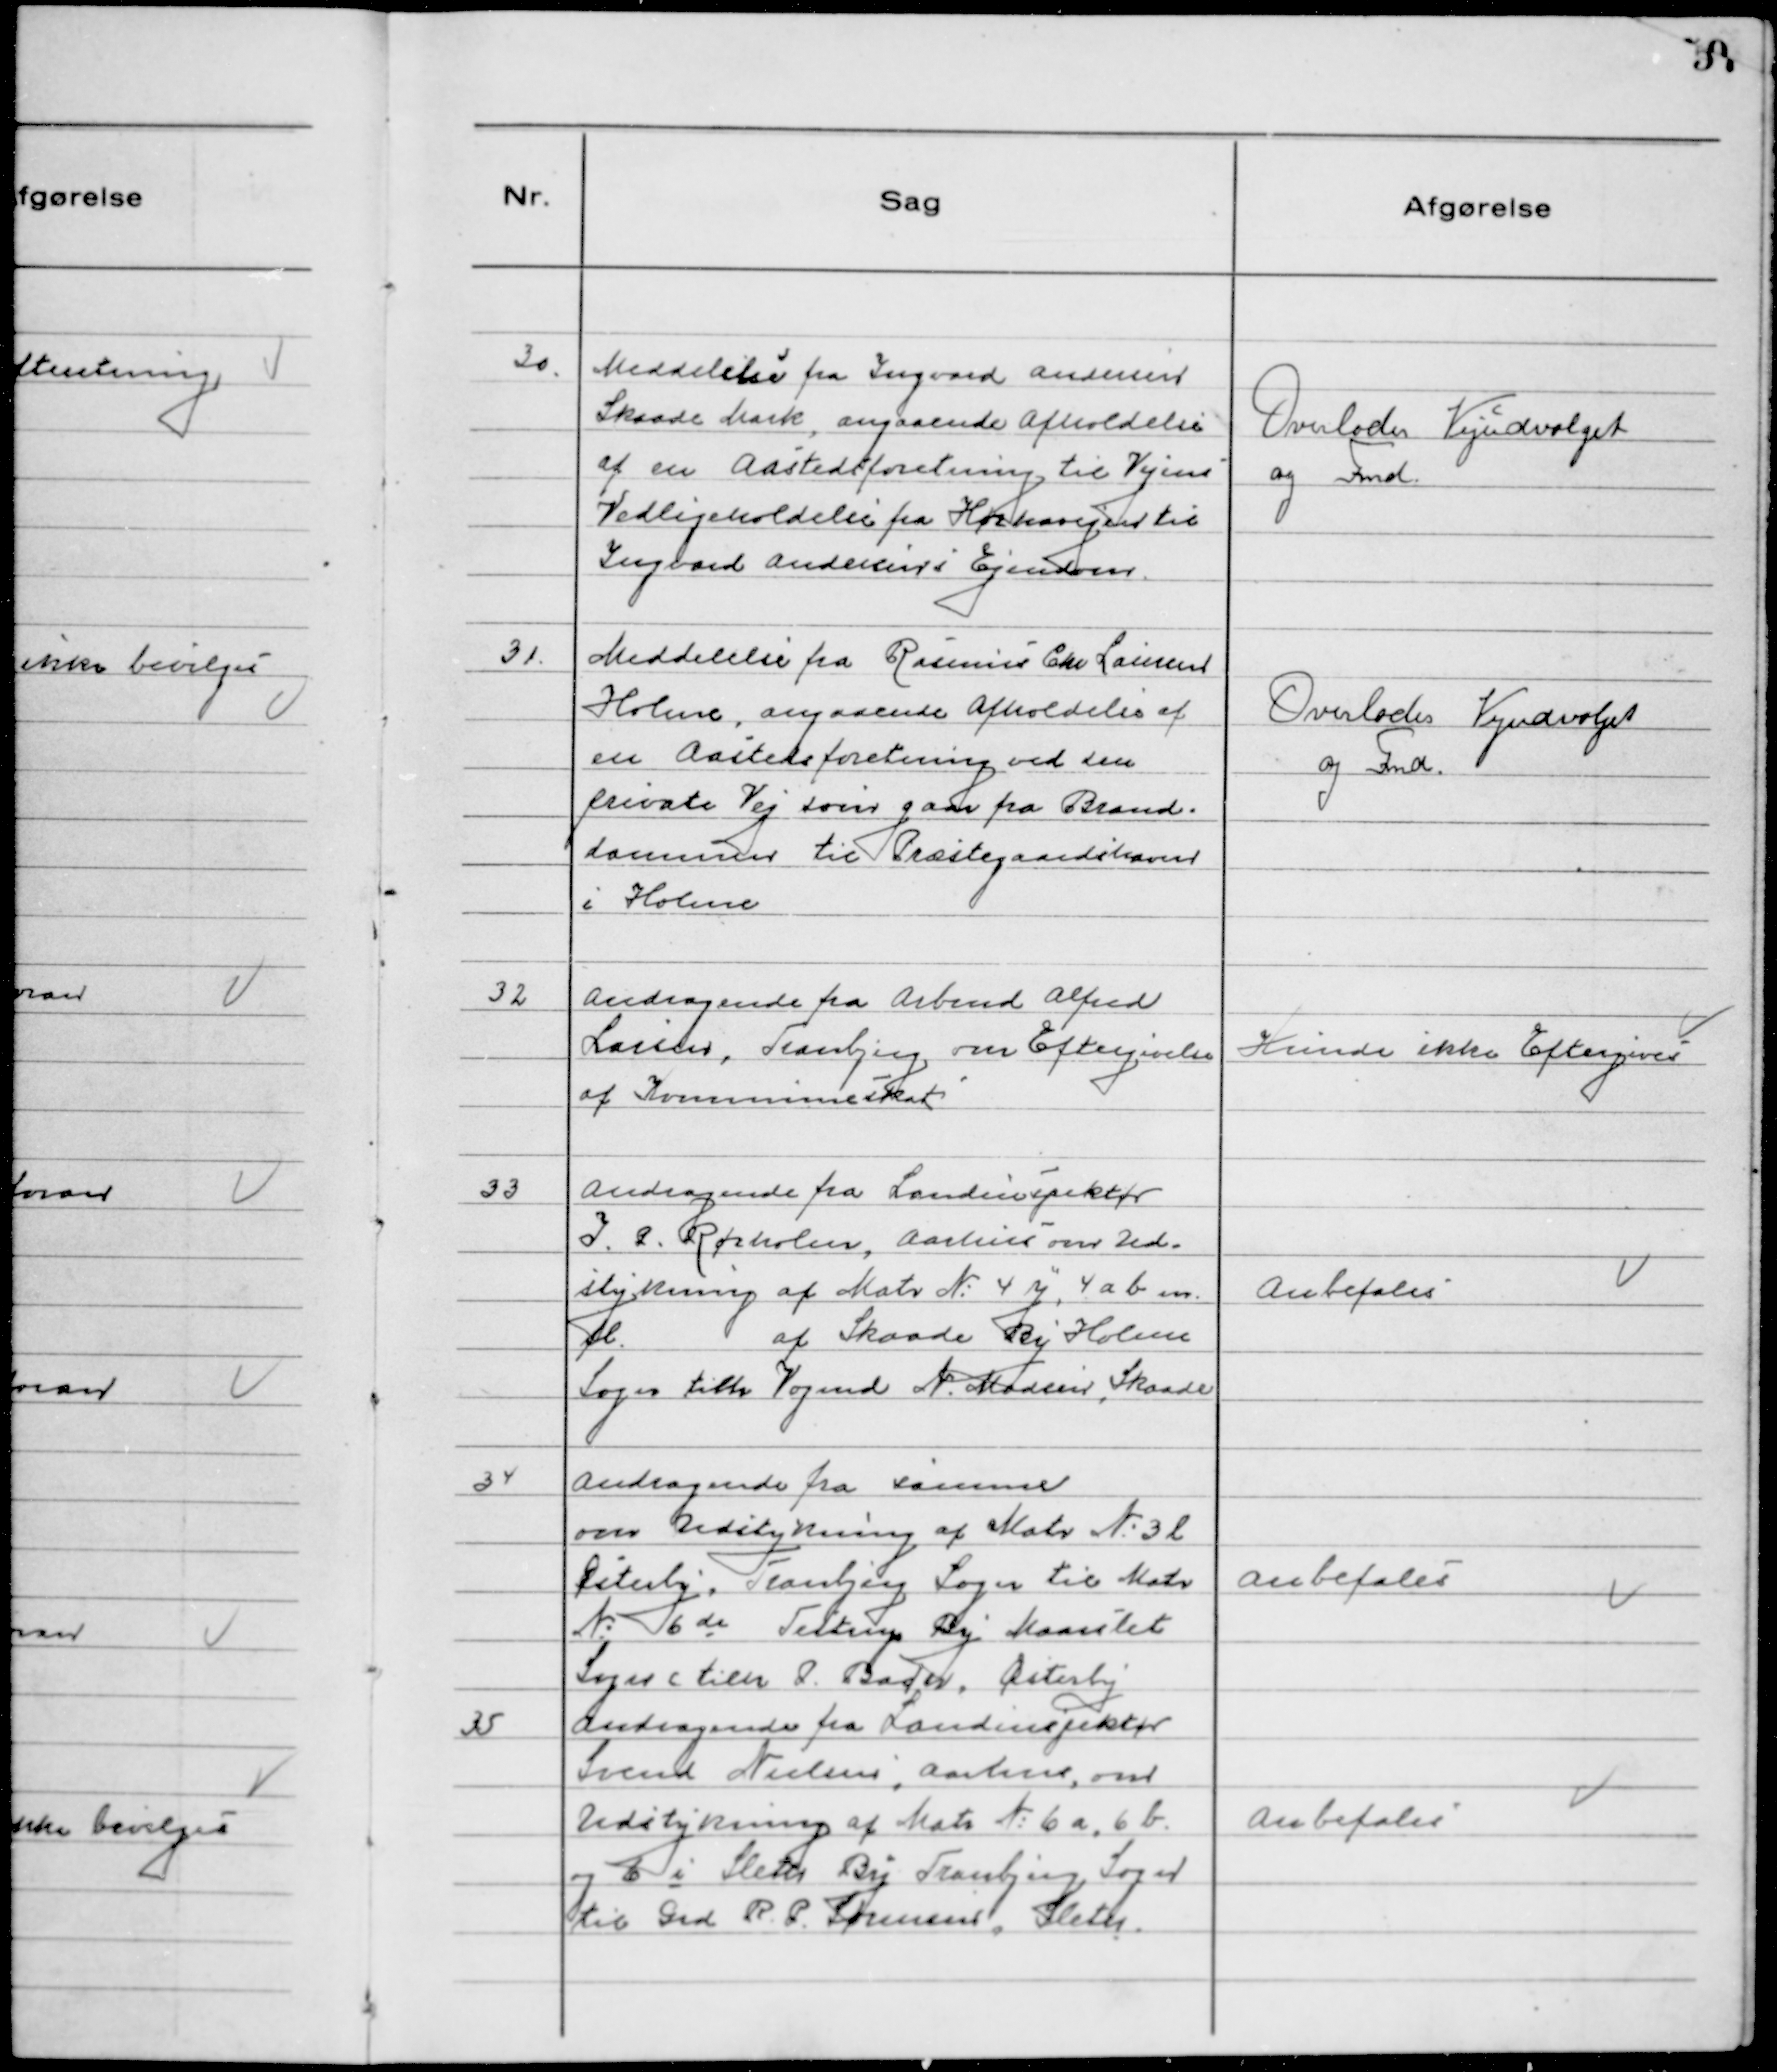
Transskription:
30. Meddelelse fra Ingvard Andersen
Skaade Mark, angaaende Afholdelse
af en Aastedsforetning til Vejens
Vedligeholdelse fra Hørhavevejen til
Ingvard Andersens Ejendom.

Overlodes Vejudvalget
og Fmd.

31. Meddelelse fra Rasmus Chr Laursen
Holme, angaaende Afholdelse af
en Aastedsforretning ved den
private Vej som gaar fra Brand-
dammen til Præstegaardshaven
i Holme

Overlodes Vejudvalget
og Fmd.

32 Andragende fra Arbmd Alfred
Larsen, Tranbjerg, om Eftergivelse
af Kommuneskat

Kunde ikke Eftergives

33 Andragende fra Landinspektør
J.P. Rørholm, Aarhus om Ud-
stykning af Matr No 4 y, 4 ab m.
fl. af Skaade By Holme
Sogn tilh Vogmd N. Madsen, Skaade

Anbefales

34 Andragende fra samme
om Udstykning af Matr №3 l
Østerby, Tranbjerg Sogn til Matr
№6 de Testrup By Maarslet
Sogn tilh P. Baden, Østerby

Anbefales

35 Andragende fra Landinspektør
Svend Nielsen, Aarhus, om
Udstykning af Matr №6 a, 6 b
og 6 i Sleth By Tranbjerg Sogn
til Grd R. P. Sørensen, Sleth.

Anbefales